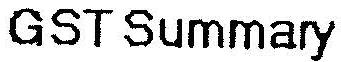
GST SUMMARY